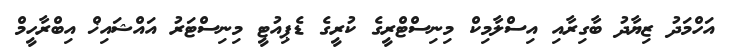
އަހްމަދު ޒިޔާދު ބާގިރާއި އިސްލާމިކް މިނިސްޓްރީގެ ކުރީގެ ޑެޕިއުޓީ މިނިސްޓަރު އައްޝައިޚް އިބްރާހީމް